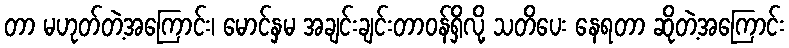
တာ မဟုတ်တဲ့အကြောင်း၊ မောင်နှမ အချင်းချင်းတာဝန်ရှိလို့ သတိပေး နေရတာ ဆိုတဲ့အကြောင်း